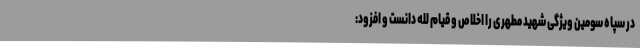
در سپاه سومین ویژگی شهید مطهری را اخلاص و قیام لله دانست و افزود: